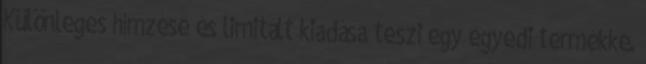
Különleges hímzése és limitált kiadása teszi egy egyedi termékké.